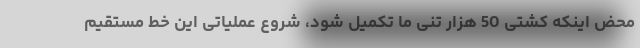
محض اینکه کشتی 50 هزار تنی ما تکمیل شود، شروع عملیاتی این خط مستقیم